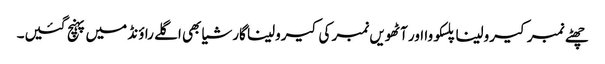
چھٹے نمبر کیرولینا پلسکووا اور آٹھویں نمبر کی کیرولینا گارشیا بھی اگلے راؤنڈ میں پہنچ گئیں۔